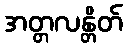
အတ္တလန္တိတ်